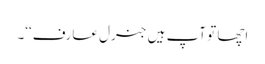
اچھا تو آپ ہیں جنرل عارف‘‘۔